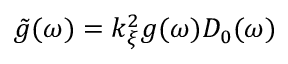
\tilde { g } ( \omega ) = k _ { \xi } ^ { 2 } g ( \omega ) D _ { 0 } ( \omega )